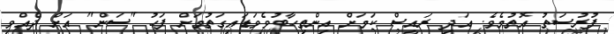
ފުރުސަތު އޮތުމެވެ. އަދި ރައީސް ކަމަށް އިންތިހާބުވެވަޑައިގަތުމަށް ފަހު "ސަން" އަށް ދެއްވި